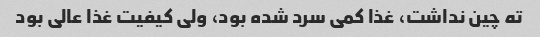
ته چین نداشت، غذا کمی سرد شده بود، ولی کیفیت غذا عالی بود